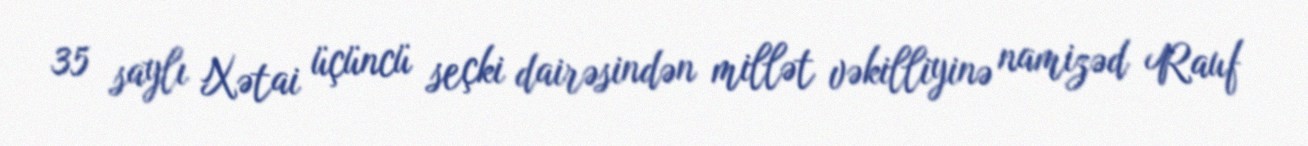
35 saylı Xətai üçüncü seçki dairəsindən millət vəkilliyinə namizəd Rauf